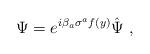
LaTeX: \begin{align*}\Psi=e^{i\beta_a\sigma^a f(y)}\hat{\Psi}\ ,\end{align*}